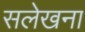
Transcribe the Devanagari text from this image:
सलेखना